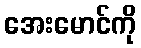
အေးမောင်ကို